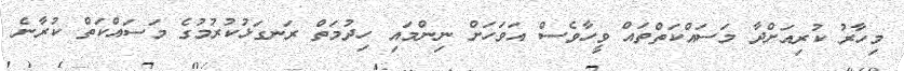
މިހާރު ކުރިއަށްދާ މަސައްކަތްތައް ވީހާވެސް އަވަހަށް ނިންމައި ހިދުމަތް ރަނގަޅުކުރުމުގެ މަސައްކަތް ކުރާނެ